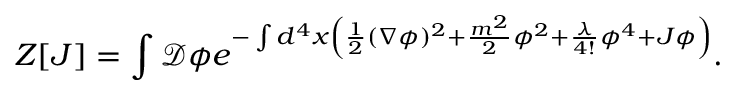
Z [ J ] = \int { \mathcal { D } } \phi e ^ { - \int d ^ { 4 } x \left( { \frac { 1 } { 2 } } ( \nabla \phi ) ^ { 2 } + { \frac { m ^ { 2 } } { 2 } } \phi ^ { 2 } + { \frac { \lambda } { 4 ! } } \phi ^ { 4 } + J \phi \right) } .